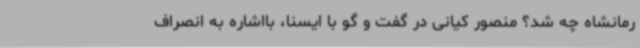
رمانشاه چه شد؟ منصور کیانی در گفت و گو با ایسنا، بااشاره به انصراف